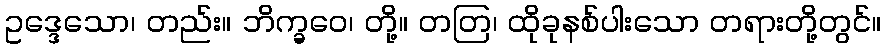
ဥဒ္ဒေသော၊ တည်း။ ဘိက္ခဝေ၊ တို့။ တတြ၊ ထိုခုနစ်ပါးသော တရားတို့တွင်။